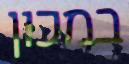
במכון